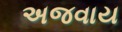
અજવાય